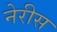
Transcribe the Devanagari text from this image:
नेरीस